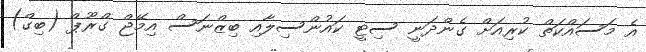
އެ މަސައްކަތް ކުރިއަށް ގެންދަނީ ސިޓީ ކައުންސިލާއި ބިޒްނަސް އިމޭޖް ގްރޫޕް (ބިގް)